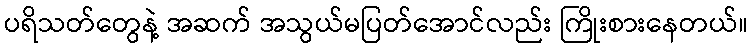
ပရိသတ်တွေနဲ့ အဆက် အသွယ်မပြတ်အောင်လည်း ကြိုးစားနေတယ်။